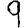
Digit: 9